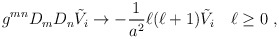
\begin{align*}g^{mn}D_mD_n \tilde V_i\to -\frac{1}{a^2} \ell(\ell +1)\tilde V_i\quad\ell\geq 0~,\end{align*}